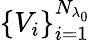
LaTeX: \{ V_{i}\} _{i=1}^{N_{\lambda_{0}}}